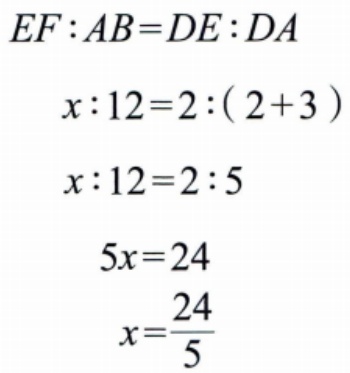
\[
\begin{align*}
EF:AB&=DE:DA\\
x:12&=2:(2 + 3)\\
x:12&=2:5\\
5x&=24\\
x&=\frac{24}{5}
\end{align*}
\]